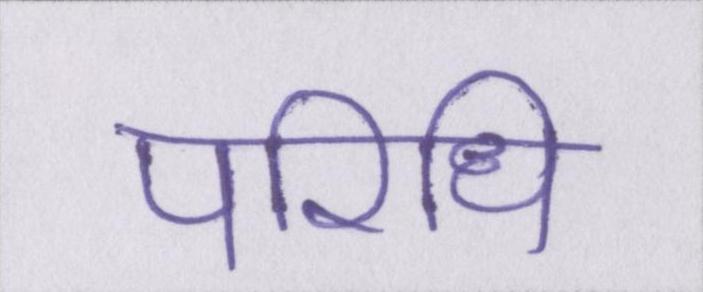
परिधि